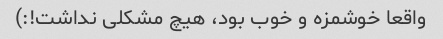
واقعا خوشمزه و خوب بود، هیچ مشکلی نداشت!:)